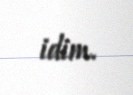
idim.